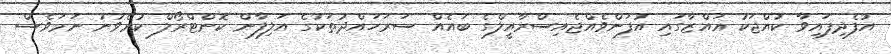
އުފެދިފައިވާ ކުއްޖަކު ޣައްޒާގައި އުފަންވެއްޖެއިސްރާއީލްގެ ބައެއް ސަރަހައްދުތަކުގެ އަލިފާން ކޮންޓްރޯލް ކުރެވުނު ނަމަވެސް